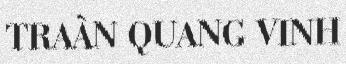
TRAÀN QUANG VINH